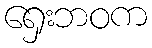
ရှေးဘဝက